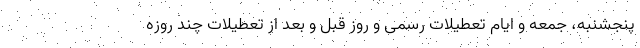
پنجشنبه، جمعه و ایام تعطیلات رسمی و روز قبل و بعد از تعطیلات چند روزه